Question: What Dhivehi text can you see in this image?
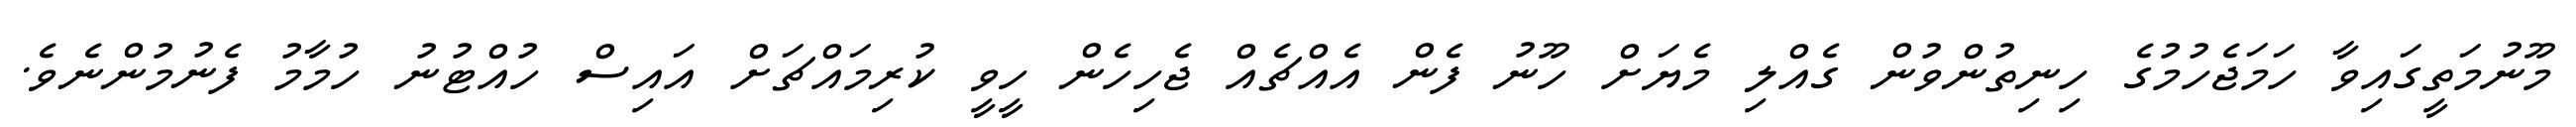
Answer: މޫނުމަތީގައިވާ ހަމަޖެހުމުގެ ހިނިތުންވުން ގެއްލި މެޔަށް ހޫނު ފެން އެއްޗެއް ޖެހިހެން ހީވީ ކުރިމައްޗަށް އައިސް ހުއްޓުނު ހުމާމު ފެނުމުންނެވެ.